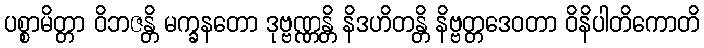
ပစ္စာမိတ္တာ ဝိဘဇန္တိ မက္ခနတော ဒုဗ္ဗဏ္ဏန္တိ နိဒဟိတန္တိ နိဗ္ဗတ္တဒေဝတာ ဝိနိပါတိကောတိ